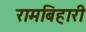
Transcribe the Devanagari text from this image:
रामबिहारी